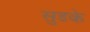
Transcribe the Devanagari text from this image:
सुडके